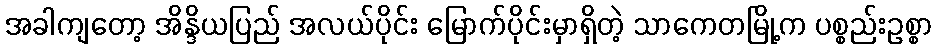
အခါကျတော့ အိန္ဒိယပြည် အလယ်ပိုင်း မြောက်ပိုင်းမှာရှိတဲ့ သာကေတမြို့က ပစ္စည်းဥစ္စာ